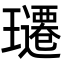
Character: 𬎚